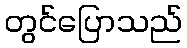
တွင်ပြောသည်